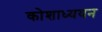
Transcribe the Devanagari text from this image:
कोशाध्ययन